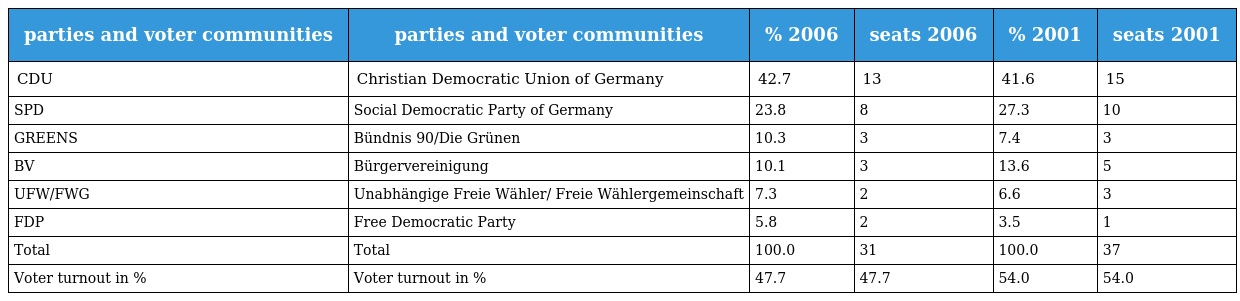
| parties and voter communities | parties and voter communities | % 2006 | seats 2006 | % 2001 | seats 2001 |
 | --- | --- | --- | --- | --- | --- |
 | CDU | Christian Democratic Union of Germany | 42.7 | 13 | 41.6 | 15 |
 | SPD | Social Democratic Party of Germany | 23.8 | 8 | 27.3 | 10 |
 | GREENS | Bündnis 90/Die Grünen | 10.3 | 3 | 7.4 | 3 |
 | BV | Bürgervereinigung | 10.1 | 3 | 13.6 | 5 |
 | UFW/FWG | Unabhängige Freie Wähler/ Freie Wählergemeinschaft | 7.3 | 2 | 6.6 | 3 |
 | FDP | Free Democratic Party | 5.8 | 2 | 3.5 | 1 |
 | Total | Total | 100.0 | 31 | 100.0 | 37 |
 | Voter turnout in % | Voter turnout in % | 47.7 | 47.7 | 54.0 | 54.0 |